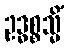
ဥဒ္ဓစ္စသ္မိံ